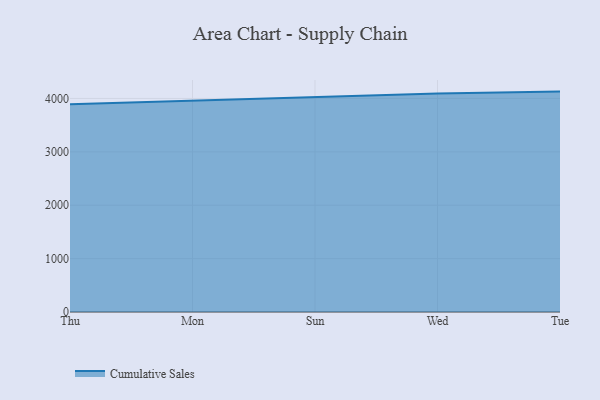
{"axis": {"x": "Day", "y": "Budget (USD K)"}, "legend": ["Cumulative Sales"], "data": [{"x": "Thu", "y": 3889.7, "type": "Cumulative Sales"}, {"x": "Mon", "y": 3956.6, "type": "Cumulative Sales"}, {"x": "Sun", "y": 4036.4, "type": "Cumulative Sales"}, {"x": "Wed", "y": 4092.4, "type": "Cumulative Sales"}, {"x": "Tue", "y": 4128.2, "type": "Cumulative Sales"}]}